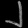
Digit: ၂